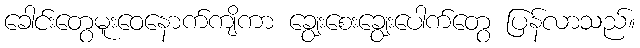
ခေါင်းတွေမူးဝေနောက်ကျိကာ ချွေးစေးချွေးပေါက်တွေ ပြန်လာသည်။